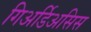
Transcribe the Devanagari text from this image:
गिअर्डिअसिस